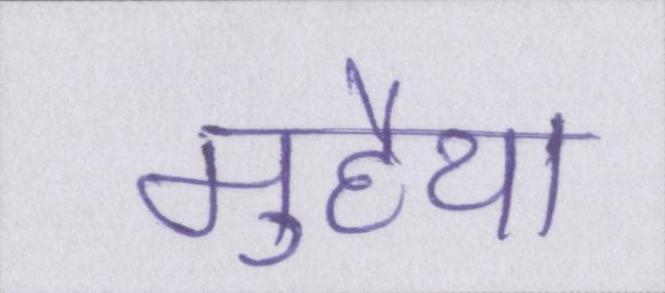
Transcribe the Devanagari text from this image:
मुहैया